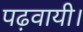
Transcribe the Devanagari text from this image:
पढ़वायी।